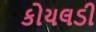
કોયલડી